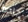
جاده